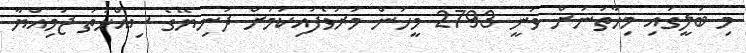
މި ބަލީގައި މިހާތަނަށް ވަނީ 2793 މީހުން މަރުވެފައިކަމަށް ދުނިޔޭގެ ސިއްހަތު ޖަމިއްޔާ